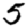
Digit: 5